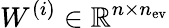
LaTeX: W^{(i)}\in\mathbb{R}^{n\times n_{\mathrm{ev}}}